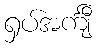
ရှပ်အင်္ကျီ